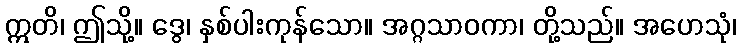
ဣတိ၊ ဤသို့။ ဒွေ၊ နှစ်ပါးကုန်သော။ အဂ္ဂသာဝကာ၊ တို့သည်။ အဟေသုံ၊